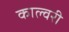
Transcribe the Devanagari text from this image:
काल्वरी